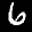
Label: 6